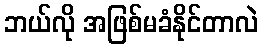
ဘယ်လို အဖြစ်မခံနိုင်တာလဲ